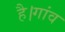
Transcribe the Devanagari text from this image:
है।गांव